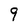
Character: 9